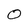
Character: 0